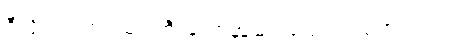
ဒီလိုပါပဲ။ အရမ်း ကြီးတော့အဆင်ပြေတယ်မဟုတ်ဘူး။